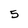
Character: 5